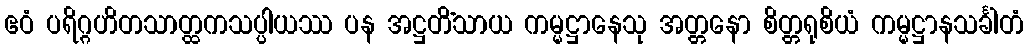
ဧဝံ ပရိဂ္ဂဟိတသာတ္ထကသပ္ပါယဿ ပန အဋ္ဌတိံသာယ ကမ္မဋ္ဌာနေသု အတ္တနော စိတ္တရုစိယံ ကမ္မဋ္ဌာနသင်္ခါတံ